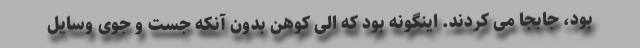
بود، جابجا می کردند. اینگونه بود که الی کوهن بدون آنکه جست و جوی وسایل